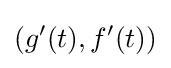
(g'(t),f'(t))